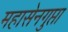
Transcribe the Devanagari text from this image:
महासेनगुप्ता